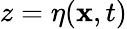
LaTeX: z=\eta(\mathbf{x},t)